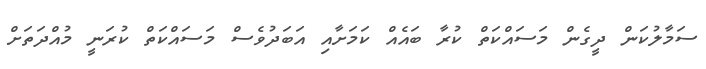
ސަމާލުކަން ދީގެން މަސައްކަތް ކުރާ ބައެއް ކަމަށާއި އަބަދުވެސް މަސައްކަތް ކުރަނީ މުއްދަތަށް